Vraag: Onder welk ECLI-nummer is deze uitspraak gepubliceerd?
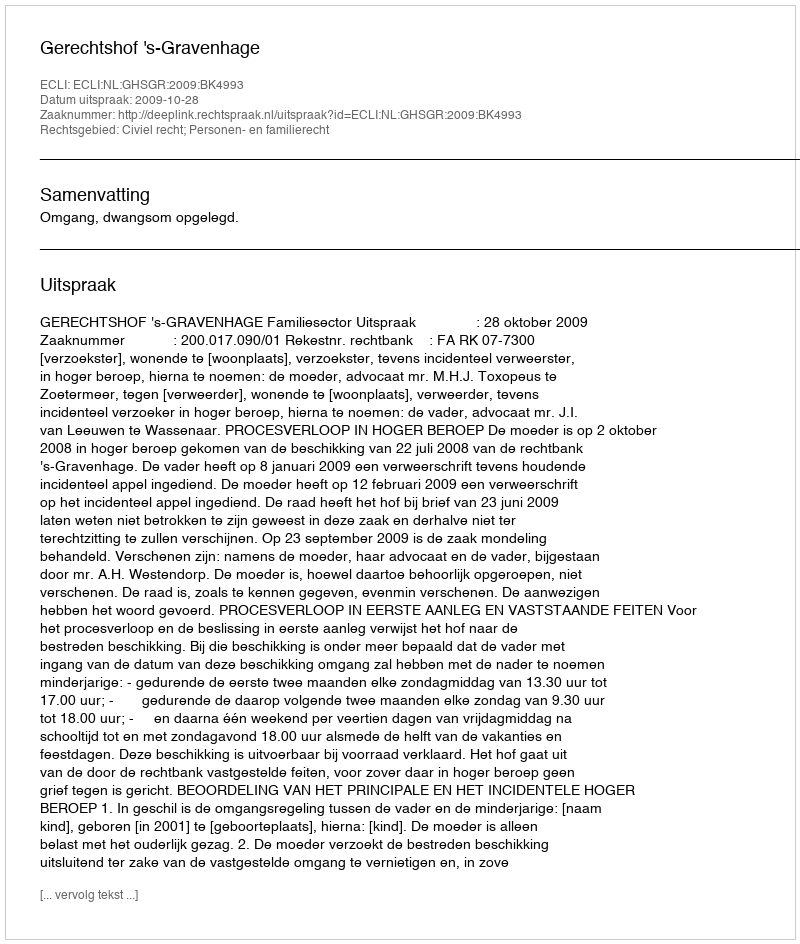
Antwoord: ECLI:NL:GHSGR:2009:BK4993